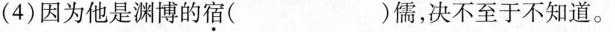
(4)因为他是渊博的宿( )儒，决不至于不知道。